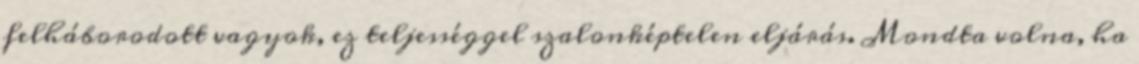
felháborodott vagyok, ez teljességgel szalonképtelen eljárás. Mondta volna, ha